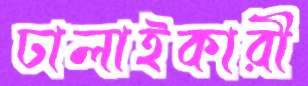
ঢালাইকারী